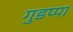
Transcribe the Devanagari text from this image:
गुडप्पा